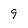
Character: 9